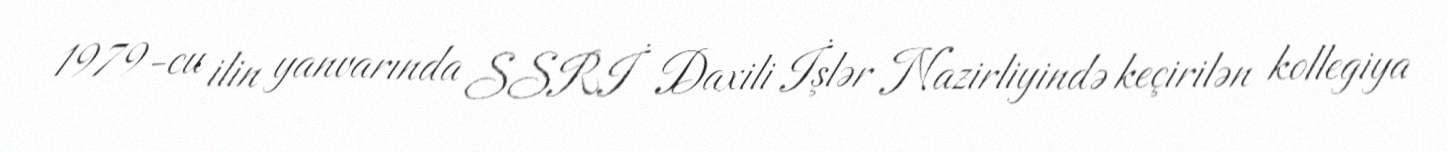
1979-cu ilin yanvarında SSRİ Daxili İşlər Nazirliyində keçirilən kollegiya